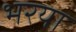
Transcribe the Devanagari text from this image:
भरया